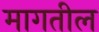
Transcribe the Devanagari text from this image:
मागतील